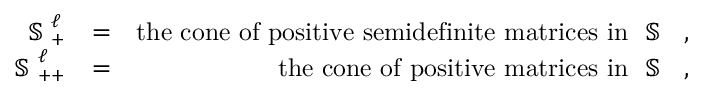
\begin{array} { r l r } { \mathrm { ~ \mathbb { S } ~ } _ { + } ^ { \ell } } & { = } & { \mathrm { t h e ~ c o n e ~ o f ~ p o s i t i v e ~ s e m i d e f i n i t e ~ m a t r i c e s ~ i n ~ \mathrm { ~ \mathbb { S } ~ } ^ { \ell } ~ } , } \\ { \mathrm { ~ \mathbb { S } ~ } _ { + + } ^ { \ell } } & { = } & { \mathrm { t h e ~ c o n e ~ o f ~ p o s i t i v e ~ m a t r i c e s ~ i n ~ \mathrm { ~ \mathbb { S } ~ } ^ { \ell } ~ } , } \end{array}